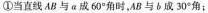
①当直线 AB 与 a 成 60° 角时，AB 与 b 成 30° 角；